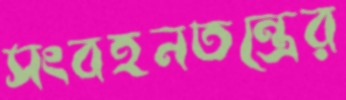
সংবহনতন্ত্রের